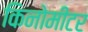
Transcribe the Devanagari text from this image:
किनोमीटर